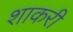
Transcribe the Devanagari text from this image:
शाकरी